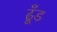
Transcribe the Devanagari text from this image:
ढूँड